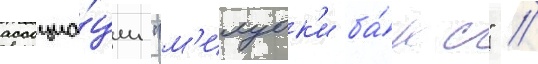
ассоциа́ции "м'илуок'и ба́кс" /